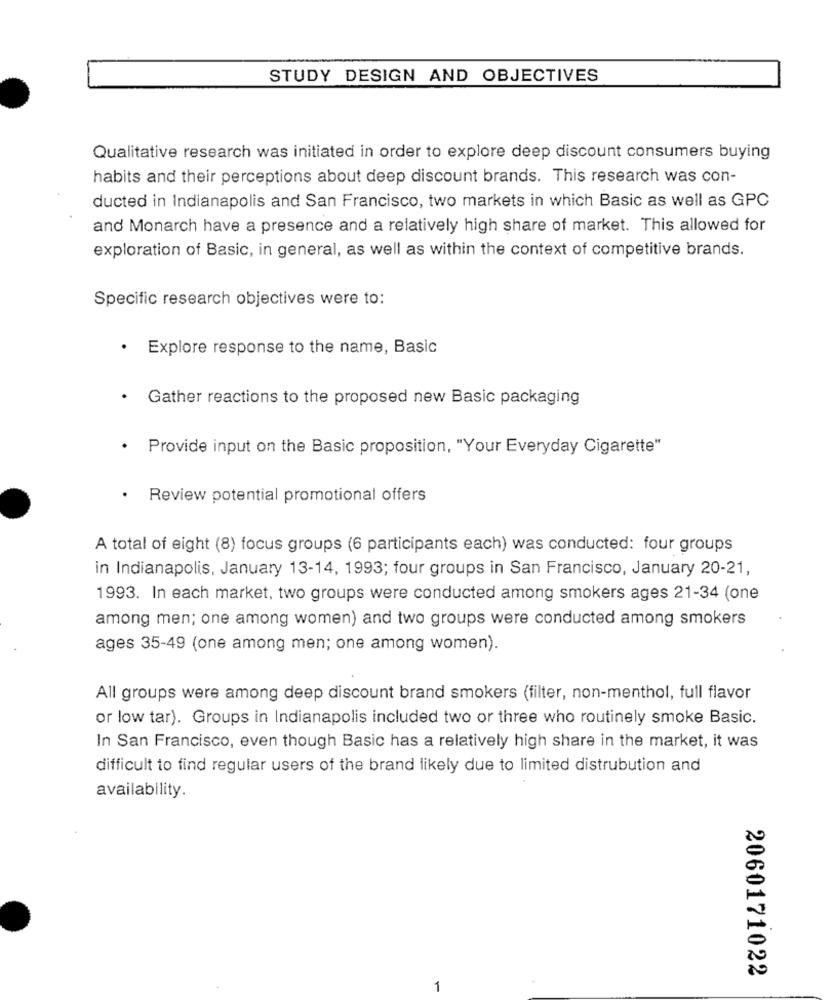
STUDY DESIGN AND OBJECTIVES
Qualitative research was initiated in order to explore deep discount consumers buying
habits and their perceptions about deep discount brands. This research was con-
ducted in Indianapolis and San Francisco, two markets in which Basic as well as GPC
and Monarch have a presence and a relatively high share of market. This allowed for
exploration of Basic, in general, as well as within the context of competitive brands.
Specific research objectives were to:
.
Explore response to the name, Basic
Gather reactions to the proposed new Basic packaging
Provide input on the Basic proposition, "Your Everyday Cigarette"
.
Review potential promotional offers
A total of eight (8) focus groups (6 participants each) was conducted: four groups
in Indianapolis, January 13-14, 1993; four groups in San Francisco, January 20-21,
1993. In each market, two groups were conducted among smokers ages 21-34 (one
among men; one among women) and two groups were conducted among smokers
ages 35-49 (one among men; one among women).
All groups were among deep discount brand smokers (filter, non-menthol, full flavor
or low tar). Groups in Indianapolis included two or three who routinely smoke Basic.
In San Francisco, even though Basic has a relatively high share in the market, it was
difficult to find regular users of the brand likely due to limited distrubution and
availability.
2060171022
1